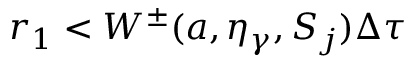
r _ { 1 } < W ^ { \pm } ( a , \eta _ { \gamma } , S _ { j } ) \Delta \tau